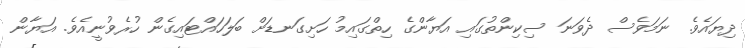
ދިޔައެވެ. ނަމަވެސް ދެވަނަ ސިކިންތުގައި އަޔާންގެ ހިތްގައިމު ހަށިގަނޑަށް ބަލަހައްޓައިގެން ހުރެވުނީއެވެ. އަޔާން